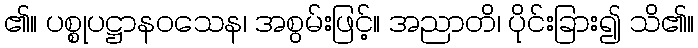
၏။ ပစ္စုပဋ္ဌာနဝသေန၊ အစွမ်းဖြင့်။ အညာတိ၊ ပိုင်းခြား၍ သိ၏။